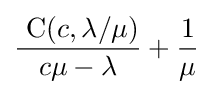
{\frac {{\text{ C}}(c,\lambda /\mu )}{c\mu -\lambda }}+{\frac {1}{\mu }}